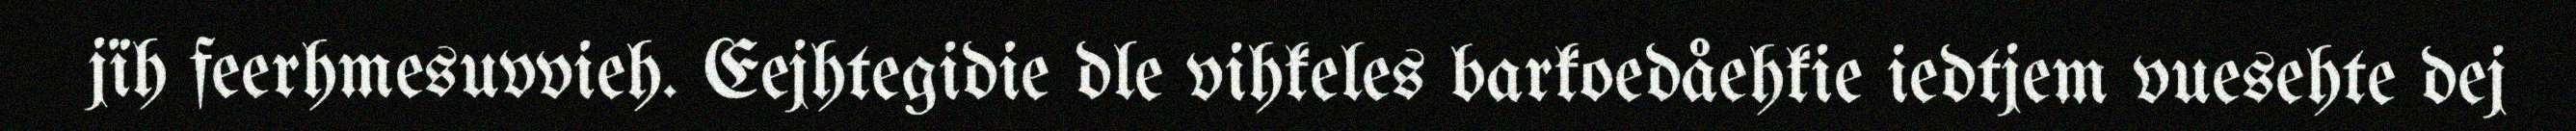
jïh feerhmesuvvieh. Eejhtegidie dle vihkeles barkoedåehkie iedtjem vuesehte dej